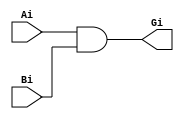
`timescale 1ns / 1ps
module BitwiseG(
	input Ai,
	input Bi,
	output Gi
    );

and #0.1 (Gi,Ai,Bi);

endmodule